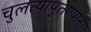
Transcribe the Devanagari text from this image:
चुलत्यापुतण्यांनी